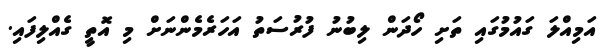
އަމިއްލަ ގައުމުގައި ތަށި ހޯދަން ލިބުނު ފުރުސަތު އަހަރެމެންނަށް މި އޮތީ ގެއްލިފައި.